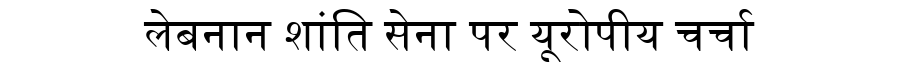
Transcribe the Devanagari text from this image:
लेबनान शांति सेना पर यूरोपीय चर्चा